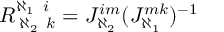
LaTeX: R _ { \; \aleph _ { 2 } \; \; k } ^ { \aleph _ { 1 } \; \; i } = J _ { \aleph _ { 2 } } ^ { i m } ( J _ { \aleph _ { 1 } } ^ { m k } ) ^ { - 1 }